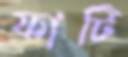
ফাটি